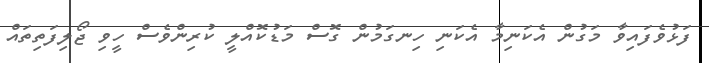
ފަޅުވެފައިވާ މަގުން އެކަނިމާ އެކަނި ހިނގަމުން ގޮސް މަޑުކޮއްލީ ކުރިންވެސް ހީވި ޖޯލިފަތިތައް